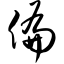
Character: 偏